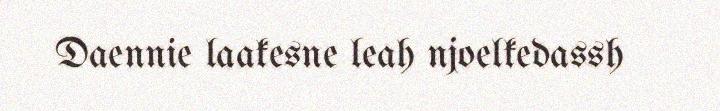
Daennie laakesne leah njoelkedassh